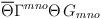
LaTeX: \begin{align*}\overline{\Theta} \Gamma^{mno} \Theta\, G_{mno}\end{align*}